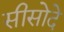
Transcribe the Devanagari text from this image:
सीसोदे